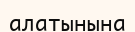
алатынына